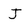
Character: J